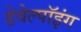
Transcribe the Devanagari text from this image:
डेवेल्पॉइंग